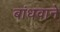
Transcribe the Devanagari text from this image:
बांधवाने